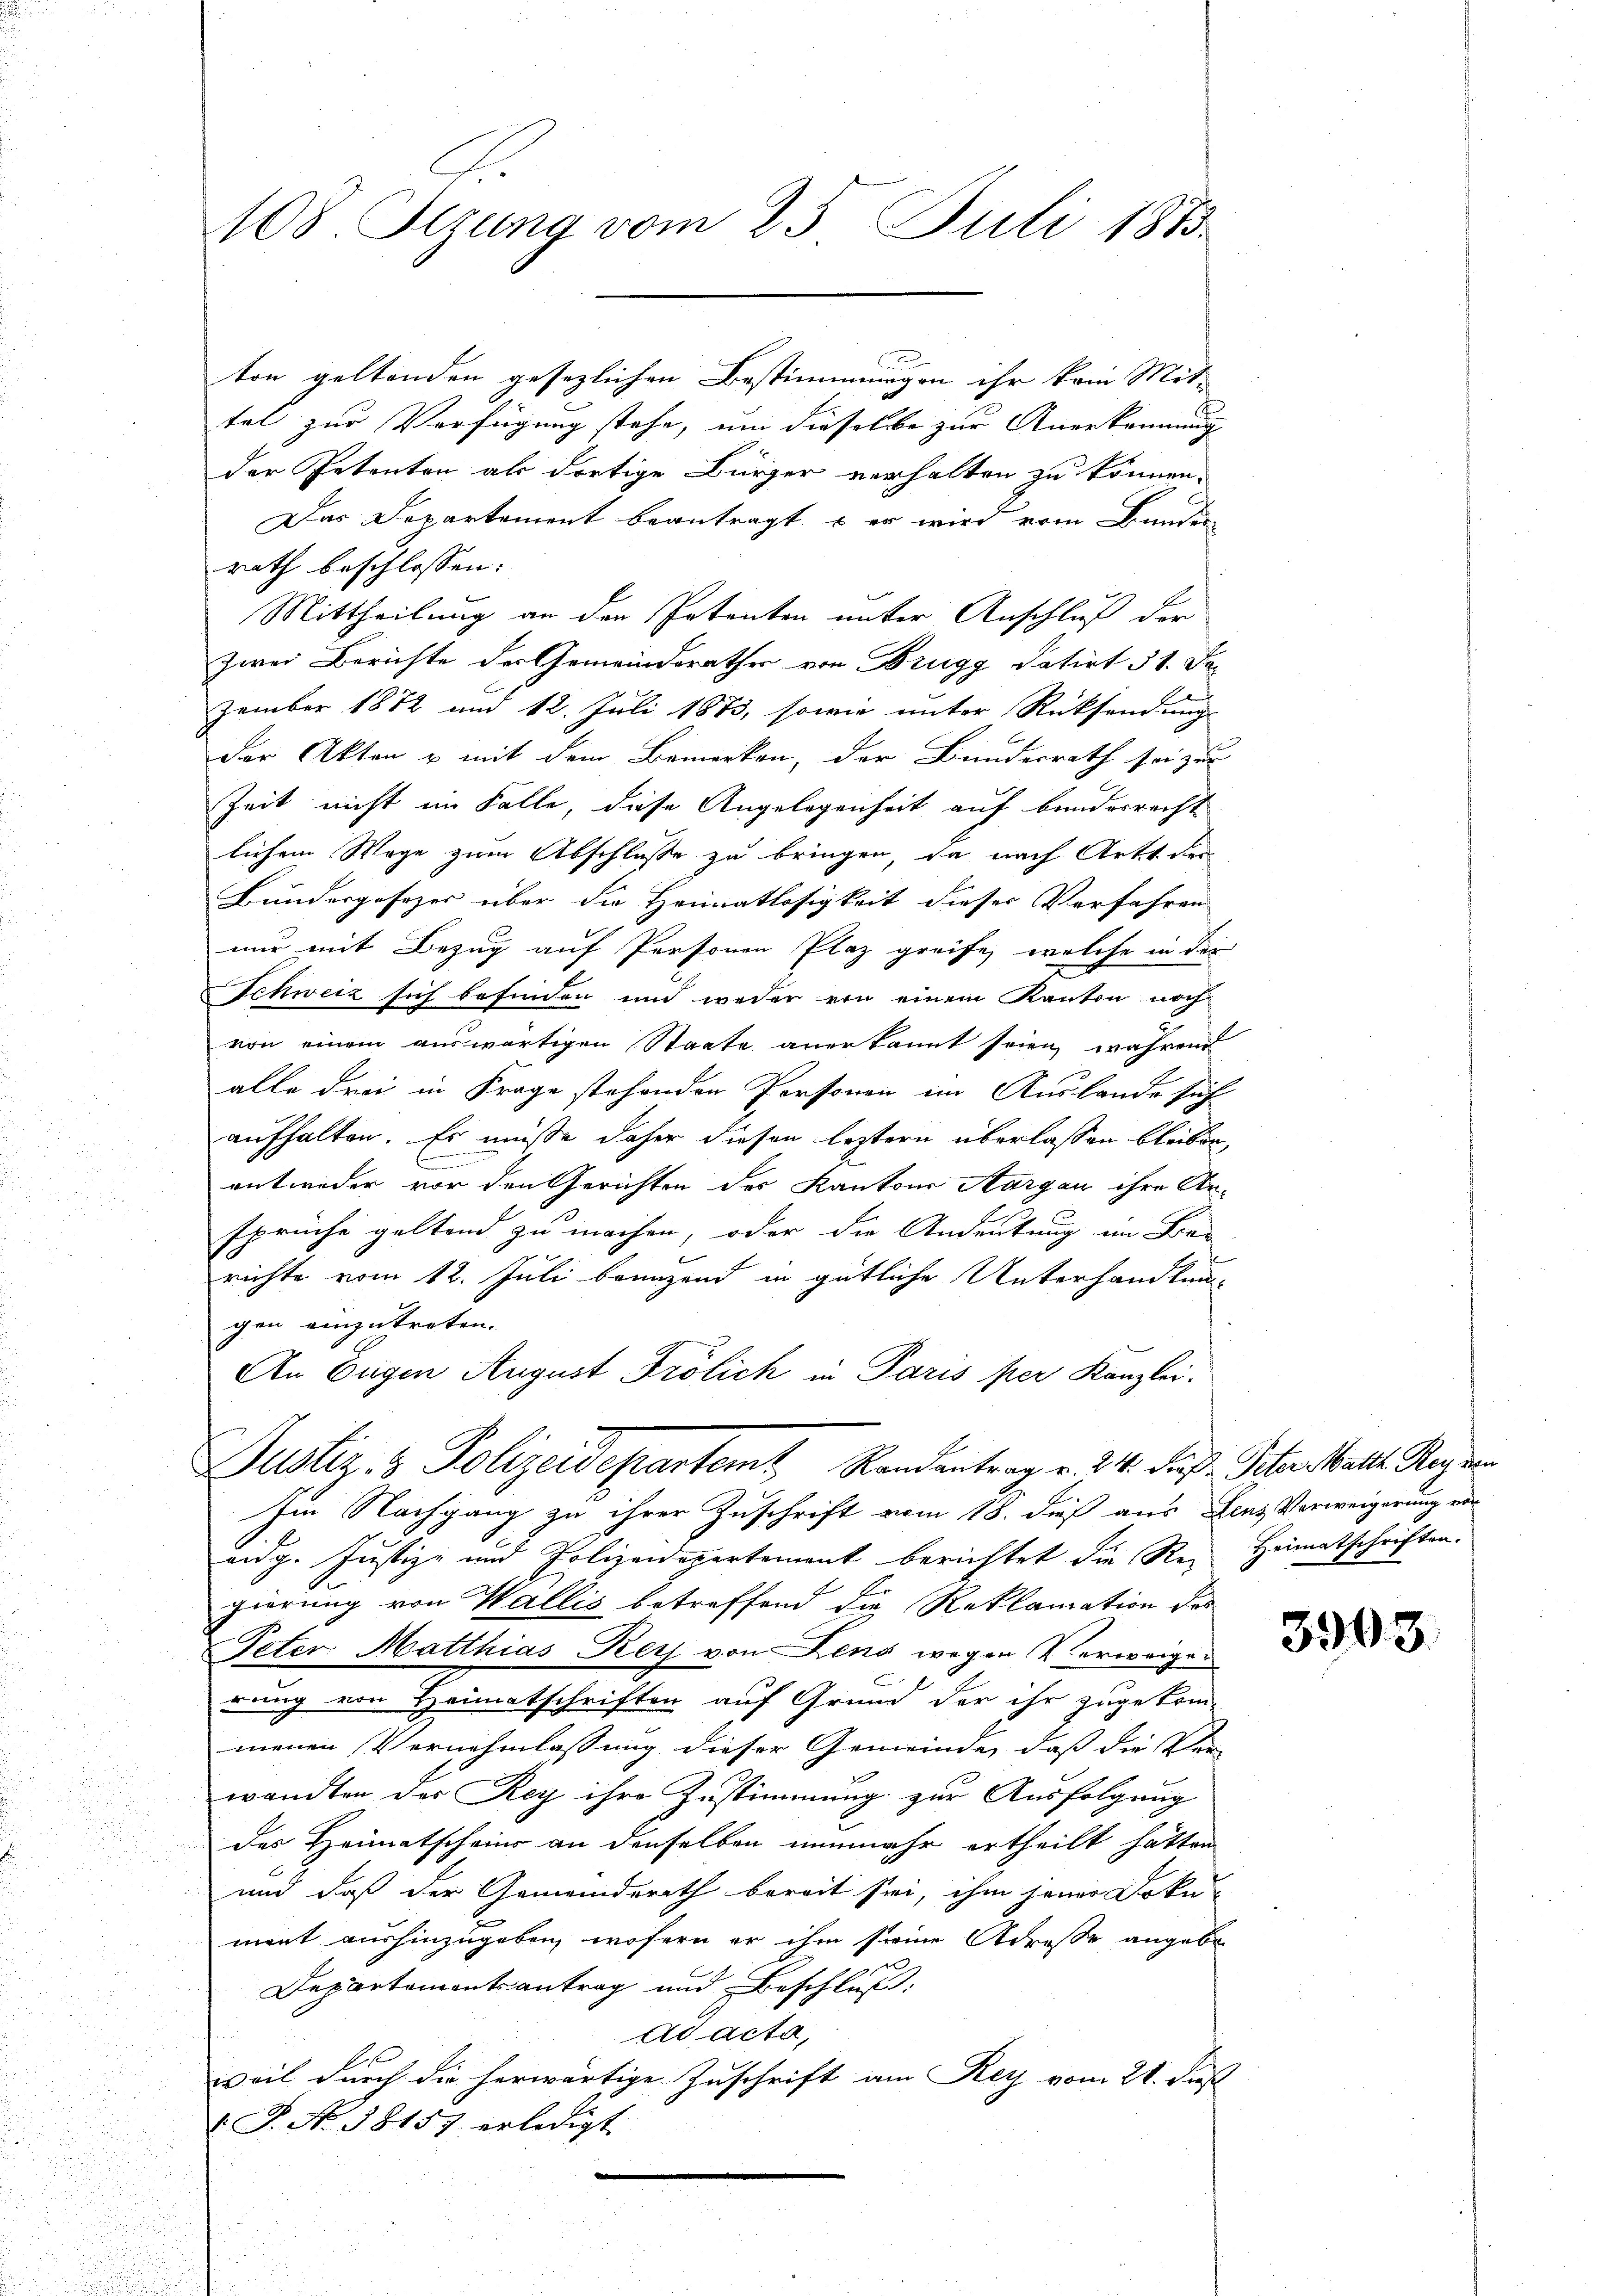
108. Stzung vom 25. Juli 1883.

tel zur Verfügung stehe, um dieselbe zur Anerkennung
der Petenten als dortige Bürger verhalten zu können.
Das Departement beantragt, – er wird vom Bundes
rath beschlossen:
Mittheilung an den Petenten unter Anschluß der
zwei Berichte der Gemeinderathes von Brugg datirt 51. Jazember 1872 und 12. Juli 1873, sowie unter Rücksendung
der Akten u mit dem Bemerken, der Bundesrath sei zur
Zeit nicht im Falle, diese Angelegenheit auf bundesrecht
lichem Wege zum Abschlusse zu bringen, da nach Artt der
Bundergesezes über die Heimatlosigkeit dieser Verfahren
nur mit Bezug auf Personen Plaz greife, welche in der
SSchweiz sich befinden und weder von einem Kanton nochvon einem auswärtigen Staate anerkannt seien, währen
alle drei in Frage stehenden Personen im Auslande sich
aufhalten. Es müsse daher diesen leztern überlassen bleiben
entweder vor den Gerichten des Kantons Aargau ihre Ansprüche geltend zu machen, oder die Andeutung im Bran
richte vom 12. Juli brunzend in gütliche Unterhandlun-
gen einzutreten.
An Eugen August Frölich in Paris per Kanzlei.
Justiz- & Polizeidepartemt Randantrag v. 24. Fuß. Stanstalte Regen
Im Nachgang zu ihrer Zuschrift vom 18. dieß aus Gens Verweigerung vor
eidg. Justiz- und Polizeidepartement berichtet die Rei Heimatschriften.
E
gierung von Wallis betreffend die Reklamation des
Peter Matthias Reis von Lenz wegen Verweigerung von Heimatschriften auf Grund der ihr zugekom-
menen Vernehmlassung dieser Gemeinde, daß die Ver-
wandten des Rey ihre Zustimmung zur Ausfolgung
des Heimatschein an denselben nunmehr ertheilt hätten
und daß der Gemeinderath bereit sei, ihm jener Doku-
ment aushinzugeben, wofern er ihm seine Adresse angeben
Departementsantrag und Beschluß:
Ad Acta,
weil durch die herwärtige Zuschrift am Rey vom 21. Fest
P. No. 58157 erledigt.
e

ton geltenden gesezlichen Bestimmungen ihr kam Mit-

3903.